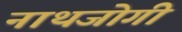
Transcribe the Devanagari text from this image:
नाथजोगी